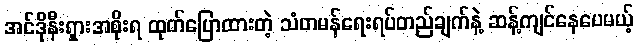
အင်ဒိုနီးရှားအစိုးရ ထုတ်ပြောထားတဲ့ သံတမန်ရေးရပ်တည်ချက်နဲ့ ဆန့်ကျင်နေပေမယ့်